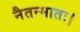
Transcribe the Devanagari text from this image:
नैतन्मातः।